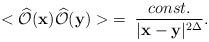
\begin{align*}<\widehat{\cal O}({\bf x})\widehat{\cal O}({\bf y})>\;=\;\frac{const.}{|{\bf x}-{\bf y}|^{2\Delta}}.\end{align*}